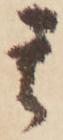
其